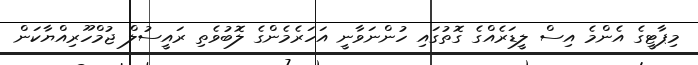
މިޕާޓީގެ އެންމެ އިސް ލީޑަރެއްގެ ގޮތުގައި ހުންނަވާނީ އަހަރެމެންގެ ލޮބުވެތި ރައީސުލް ޖުމްހޫރިއްޔާކަން